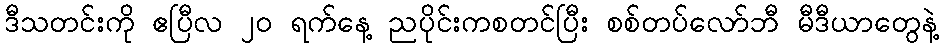
ဒီသတင်းကို ဧပြီလ ၂၀ ရက်နေ့ ညပိုင်းကစတင်ပြီး စစ်တပ်လော်ဘီ မီဒီယာတွေနဲ့